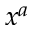
x ^ { a }